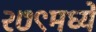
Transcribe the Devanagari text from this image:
२७९मध्ये